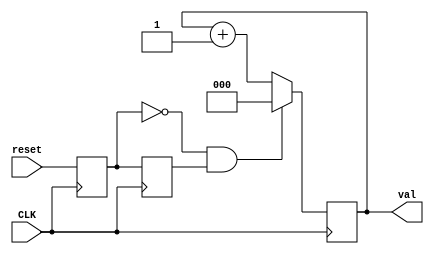
`timescale 1ns / 1ps

module Counter(input CLK, reset, output reg[2:0] val);
    reg reset_reg = 0;
    reg last_reset = 0;
    always@(posedge CLK) begin
        reset_reg <= reset;
        last_reset <= reset_reg;
        if (!reset_reg && last_reset) begin
            val <= 0;
        end else begin
            val <= val+1;
        end
    end
endmodule